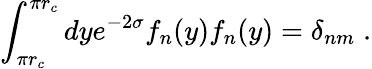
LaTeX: \int_{\pi r_{c}}^{\pi r_{c}}dye^{-2\sigma}f_{n}(y)f_{n}(y)=\delta_{nm}\; .